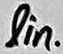
Text: lin.